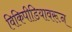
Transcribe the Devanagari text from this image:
विकिपीडियावरून